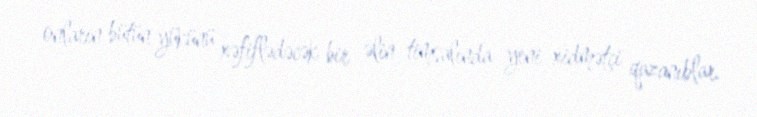
onların bütün yükünü xəfiflədəcək bir əlin timsalında yeni xidmətçi qazanıblar.